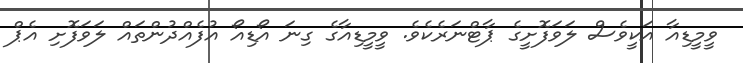
ވީމީޑިއާ އަކީވެސް ލަވަފޮށީގެ ޕާޓްނަރެކެވެ. ވީމީޑިއާގެ ގިނަ އޯޑިއޯ އުފެއްދުންތައް ލަވަފޮށި އެޕް